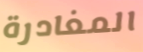
المغادرة